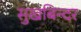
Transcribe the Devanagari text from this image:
सुखबिन्दर